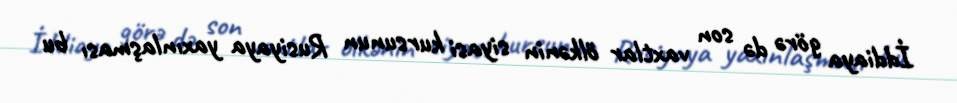
İddiaya görə də son vaxtlar ölkənin siyasi kursunun Rusiyaya yaxınlaşması bu